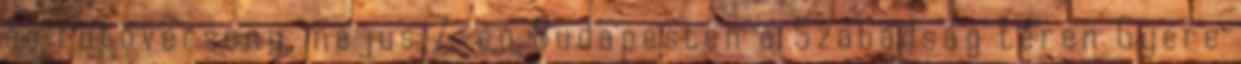
és futóverseny május 7-én Budapesten a Szabadság téren Gyere